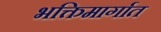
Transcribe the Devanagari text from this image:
भक्तिमार्गात